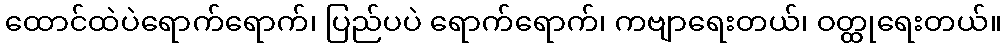
ထောင်ထဲပဲရောက်ရောက်၊ ပြည်ပပဲ ရောက်ရောက်၊ ကဗျာရေးတယ်၊ ဝတ္ထုရေးတယ်။